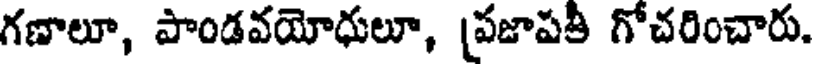
గణాలూ, పాండవయోధులూ, [పజాపతీ గోచరించారు.